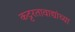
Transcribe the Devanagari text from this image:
कट्टरतावाद्यांच्या